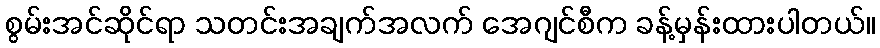
စွမ်းအင်ဆိုင်ရာ သတင်းအချက်အလက် အေဂျင်စီက ခန့်မှန်းထားပါတယ်။